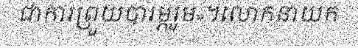
ជាការព្រួយបារម្ភរួម»។លោកនាយក